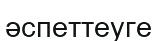
әспеттеуге